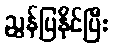
ညွှန်ပြနိုင်ပြီး